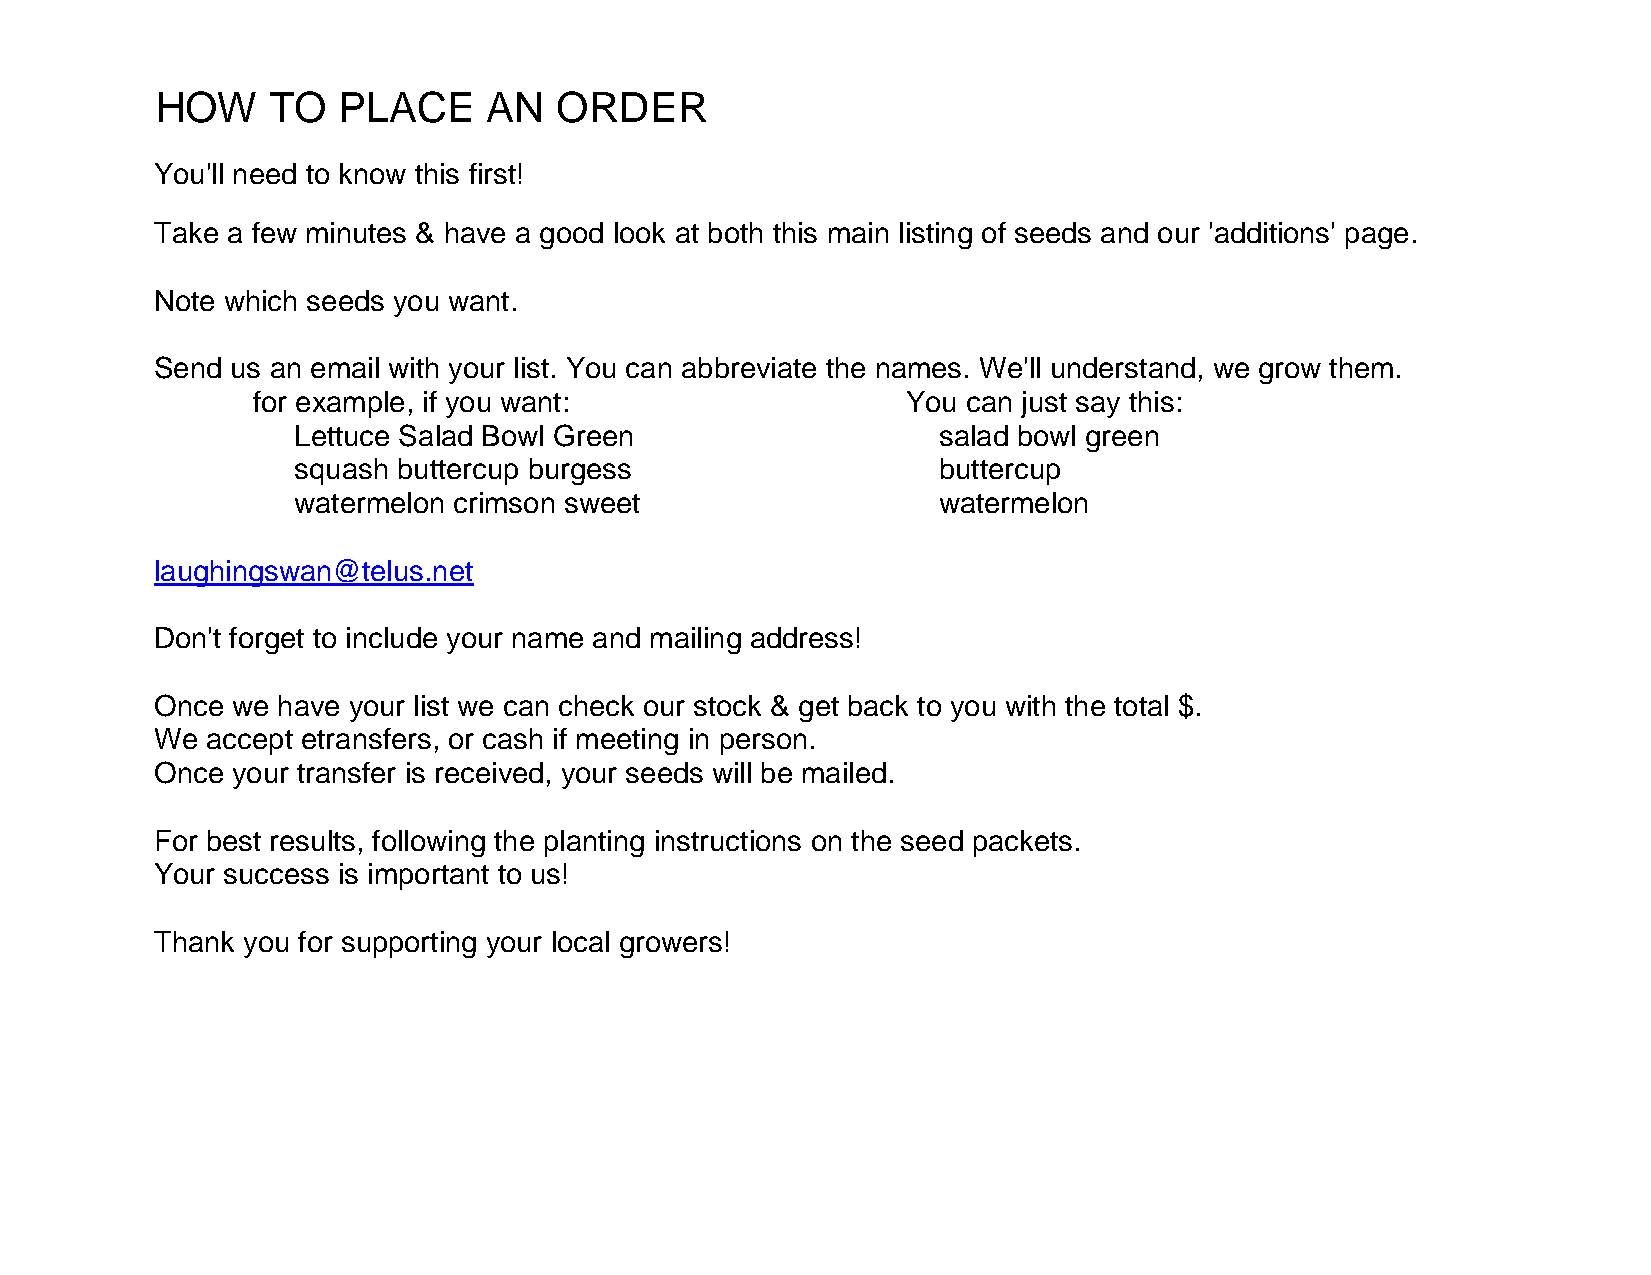
HOW     TO  PLACE     AN   ORDER
 You'll need to know this first!
 Take a few minutes & have a good look at both this main listing of seeds and our 'additions' page.
 Note which seeds you want.
 Send us an email with your list. You can abbreviate the names. We'll understand, we grow them.
 for example, if you want:                  You can just say this:
 Lettuce Salad Bowl Green                   salad bowl green
 squash buttercup burgess                   buttercup
 watermelon crimson sweet                   watermelon
 laughingswan@telus.net
 Don't forget to include your name and mailing address!
 Once we have your list we can check our stock & get back to you with the total $.
 We  accept etransfers, or cash if meeting in person.
 Once your transfer is received, your seeds will be mailed.
 For best results, following the planting instructions on the seed packets.
 Your success is important to us!
 Thank you for supporting your local growers!